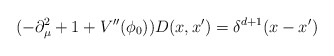
\begin{align*}(-\partial ^2_\mu +1+V''(\phi _0))D(x,x')=\delta ^{d+1}(x-x')\end{align*}